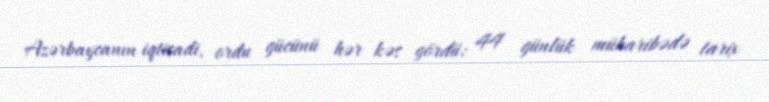
Azərbaycanın iqtisadi, ordu gücünü hər kəs gördü: 44 günlük müharibədə tarix